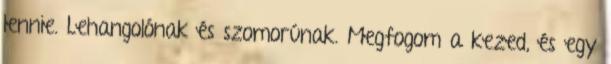
lennie. Lehangolónak és szomorúnak. Megfogom a kezed, és egy